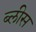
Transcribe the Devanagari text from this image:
ब्लीस